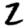
Digit: 2